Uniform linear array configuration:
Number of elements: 4
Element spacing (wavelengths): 0.5
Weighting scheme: blackman
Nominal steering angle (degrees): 60
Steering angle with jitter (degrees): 61.459
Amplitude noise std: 0.05
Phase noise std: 0.05

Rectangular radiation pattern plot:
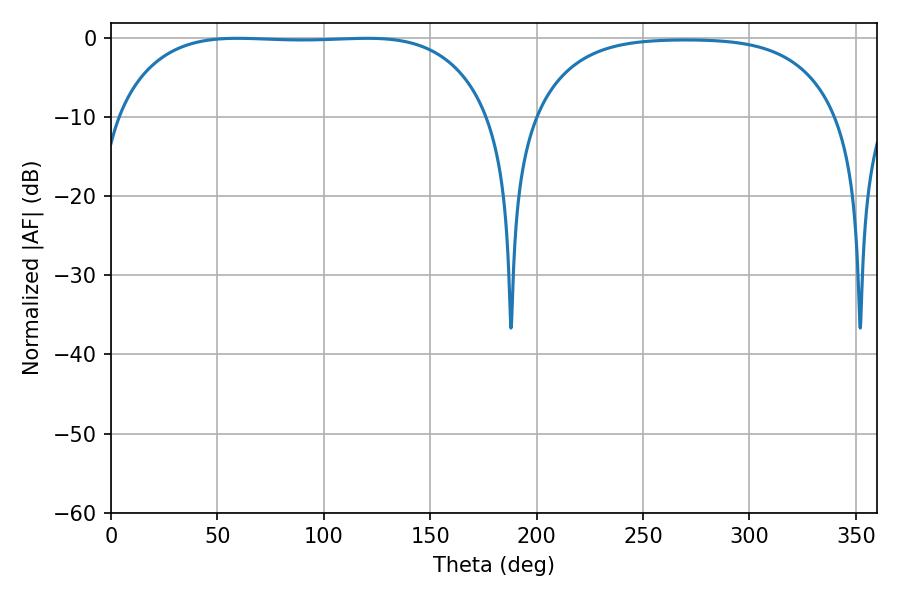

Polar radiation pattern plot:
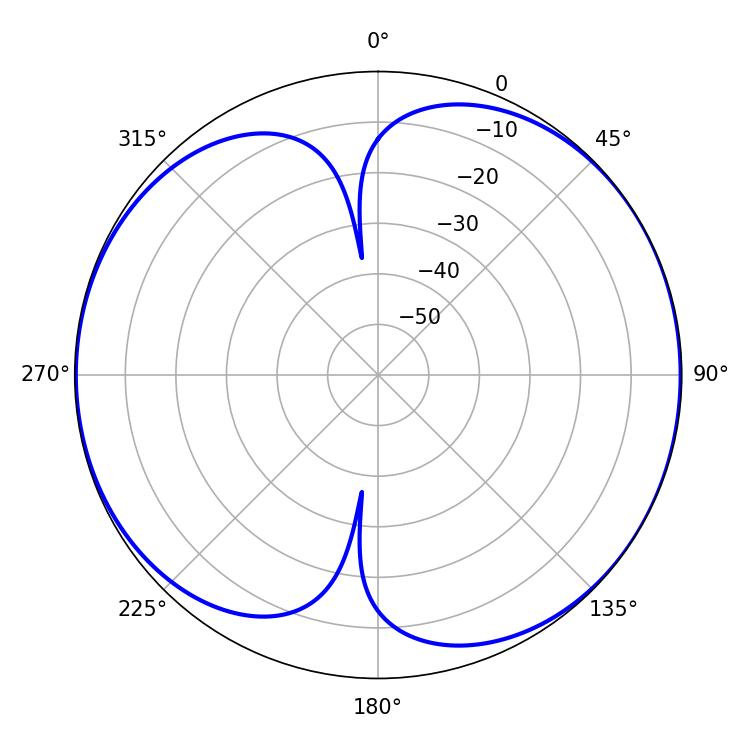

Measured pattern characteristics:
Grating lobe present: FALSE
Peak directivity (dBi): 7.244
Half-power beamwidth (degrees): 137.52
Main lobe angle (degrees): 59.4